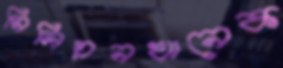
মিলিয়নখানেক